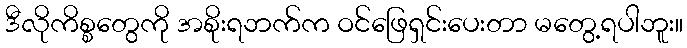
ဒီလိုကိစ္စတွေကို အစိုးရဘက်က ဝင်ဖြေရှင်းပေးတာ မတွေ့ရပါဘူး။